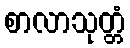
စာလာသုတ္တံ